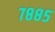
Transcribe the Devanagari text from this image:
७८८५